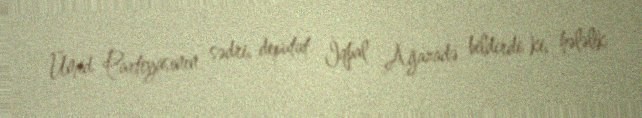
Ümid Partiyasının sədri, deputat İqbal Ağazadə bildirdi ki, hələlik